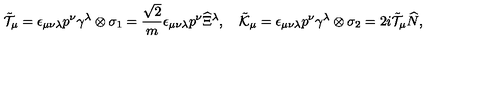
\tilde { \cal T } _ { \mu } = \epsilon _ { \mu \nu \lambda } p ^ { \nu } \gamma ^ { \lambda } \otimes \sigma _ { 1 } = \frac { \sqrt { 2 } } { m } \epsilon _ { \mu \nu \lambda } p ^ { \nu } \widehat { \Xi } { } ^ { \lambda } , \quad \tilde { \cal K } _ { \mu } = \epsilon _ { \mu \nu \lambda } p ^ { \nu } \gamma ^ { \lambda } \otimes \sigma _ { 2 } = 2 i \tilde { \cal T } _ { \mu } \widehat { N } ,